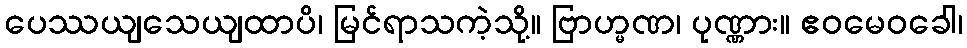
ပေဿယျသေယျထာပိ၊ မြင်ရာသကဲ့သို့။ ဗြာဟ္မဏ၊ ပုဏ္ဏား။ ဧဝမေဝခေါ၊